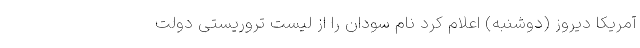
آمریکا دیروز (دوشنبه) اعلام کرد نام سودان را از لیست تروریستی دولت